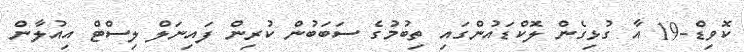
ކޮވިޑް-19 އާ ގުޅިގެން ލޮކްޑައުންގައި ތިބުމުގެ ސަބަބުން ކުރިން ފައިނަލް ލިސްޓް އިއުލާން